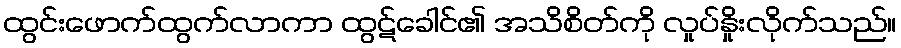
ထွင်းဖောက်ထွက်လာကာ ထွဋ်ခေါင်၏ အသိစိတ်ကို လှုပ်နှိုးလိုက်သည်။